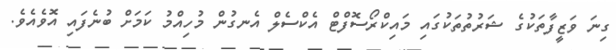
ގިނަ ވަޒީފާތަކުގެ ޝަރުތުތަކުގައި މައިކްރޯސޮފްޓް އެކްސެލް އެނގުން މުހިއްމު ކަމަށް ބުނެފައި އޮވެއެވެ.